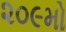
૨૦૯મો